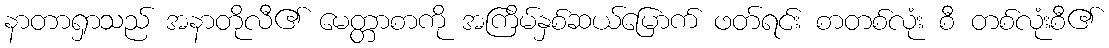
နာတာရှာသည် အနာတိုလီ၏ မေတ္တာစာကို အကြိမ်နှစ်ဆယ်မြောက် ဖတ်ရင်း စာတစ်လုံး စီ တစ်လုံးစီ၏